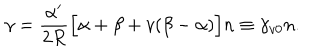
LaTeX: \gamma = \frac { \alpha ^ { \prime } } { 2 R } \Big [ \alpha + \beta + v ( \beta - \alpha ) \Big ] n \equiv \gamma _ { v 0 } n .